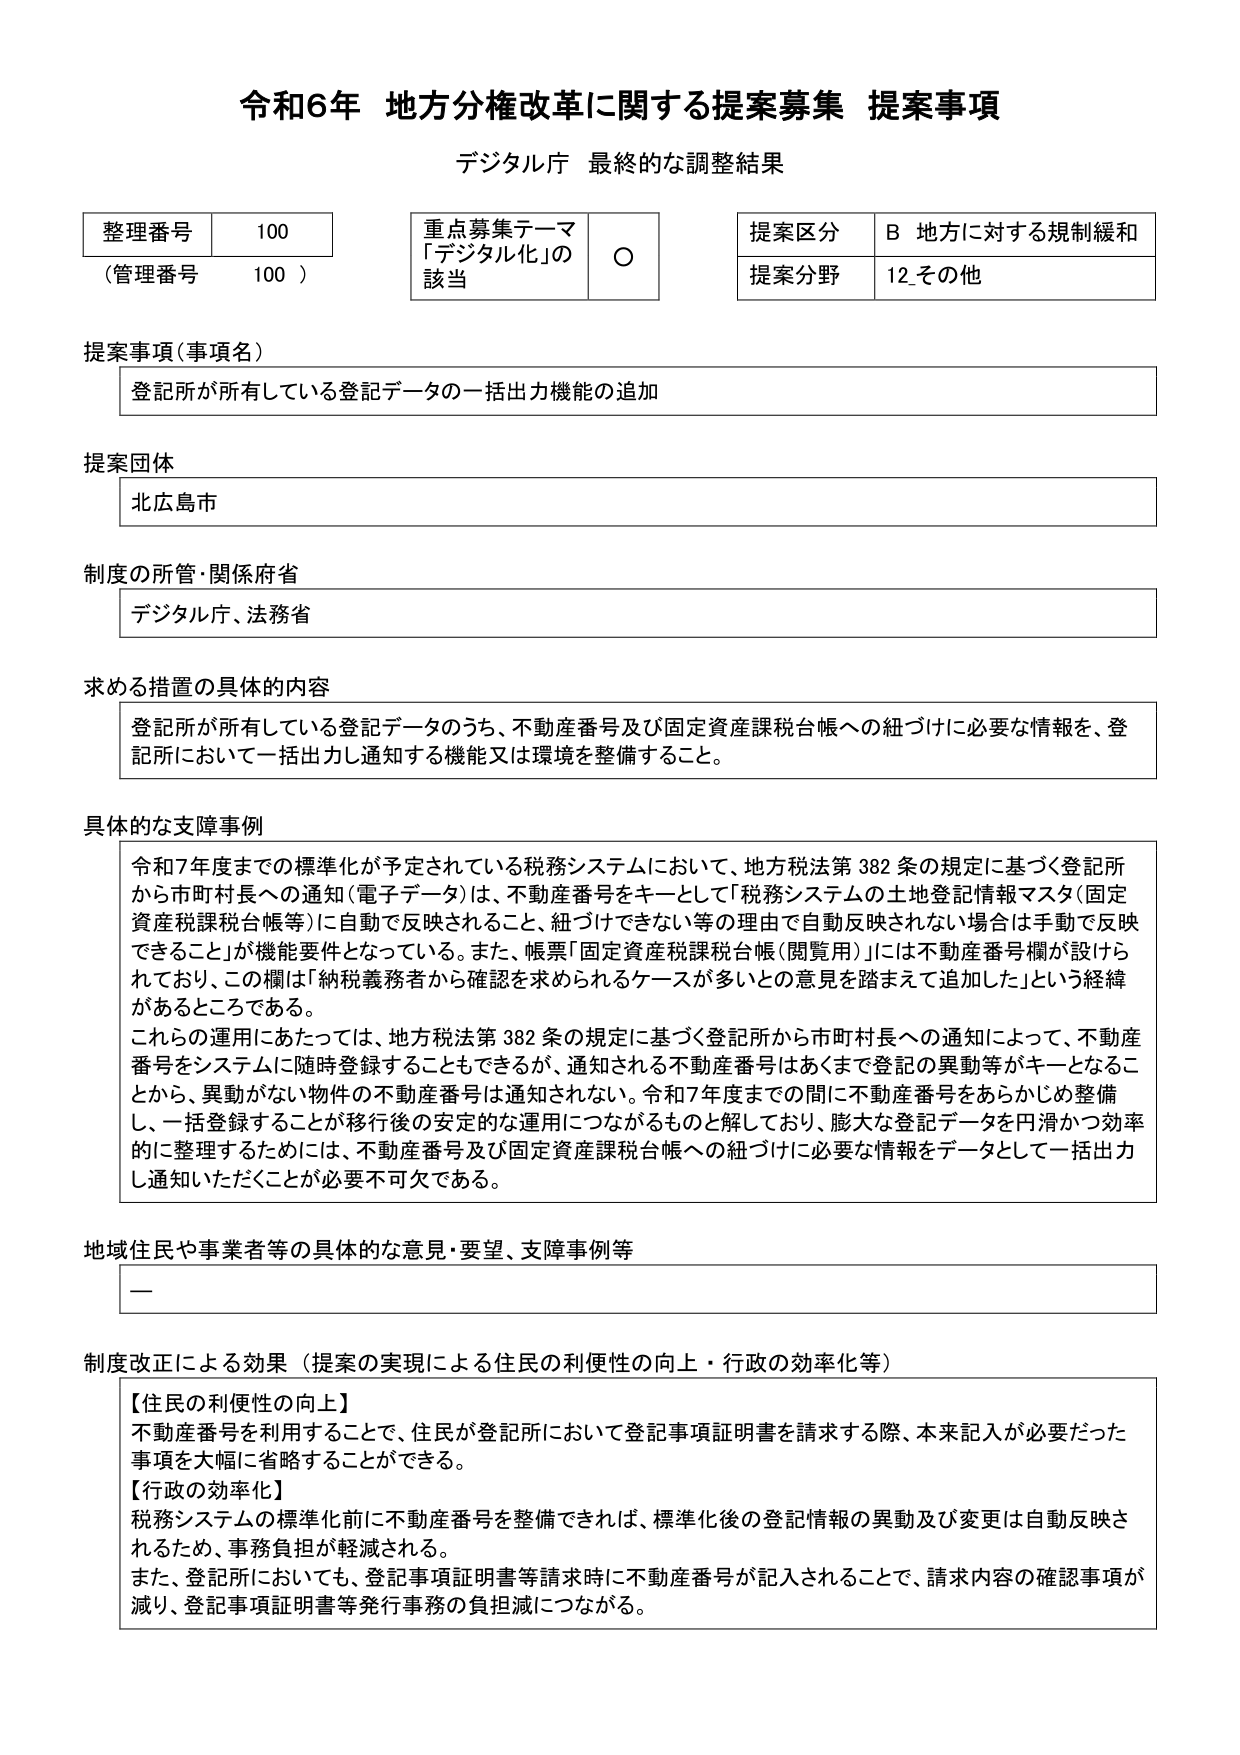
令和6年 地方分権改革に関する提案募集 提案事項
デジタル庁 最終的な調整結果

整理番号 100
（管理番号 100）

重点募集テーマ
「デジタル化」の該当 ○

提案区分 B 地方に対する規制緩和
提案分野 12 その他

提案事項（事項名）
登記所が所有している登記データの一括出力機能の追加

提案団体
北広島市

制度の所管・関係府省
デジタル庁、法務省

求める措置の具体的な内容
登記所が所有している登記データのうち、不動産番号及び固定資産課税台帳への紐づけに必要な情報を、登記所において一括出力し通知する機能又は環境を整備すること。

具体的な支障事例
令和7年度までの標準化が予定されている税務システムにおいて、地方税法第382条の規定に基づく登記所から市町村長への通知（電子データ）は、不動産番号をキーとして「税務システムの土地登記情報マスタ（固定資産税課税台帳等）に自動で反映されること、紐づけできない等の理由で自動反映されない場合は手動で反映できること」が機能要件となっている。また、帳票「固定資産税課税台帳（閲覧用）」には不動産番号欄が設けられており、この欄は「納税義務者から確認を求められるケースが多いとの意見を踏まえて追加した」という経緯があるところである。
これらの運用にあたっては、地方税法第382条の規定に基づく登記所から市町村長への通知によって、不動産番号をシステムに随時登録することもできるが、通知される不動産番号はあくまで登記の異動等がキーとなることから、異動がない物件の不動産番号は通知されない。令和7年度までの間に不動産番号をあらかじめ整備し、一括登録することが移行後の安定的な運用につながるものと解しており、膨大な登記データを円滑かつ効率的に整理するためには、不動産番号及び固定資産課税台帳への紐づけに必要な情報をデータとして一括出力し通知いただくことが必要不可欠である。

地域住民や事業者等の具体的な意見・要望、支障事例等
ー

制度改正による効果（提案の実現による住民の利便性の向上・行政の効率化等）
【住民の利便性の向上】
不動産番号を利用することで、住民が登記所において登記事項証明書を請求する際、本来記入が必要だった事項を大幅に省略することができる。
【行政の効率化】
税務システムの標準化前に不動産番号を整備できれば、標準化後の登記情報の異動及び変更は自動反映されるため、事務負担が軽減される。
また、登記所においても、登記事項証明書等請求時に不動産番号が記入されることで、請求内容の確認事項が減り、登記事項証明書等発行事務の負担減につながる。